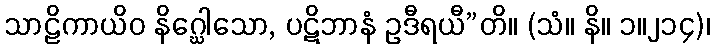
သာဠိကာယိဝ နိဂ္ဃေါသော, ပဋိဘာနံ ဥဒီရယီ”တိ။ (သံ။ နိ။ ၁။၂၁၄)၊